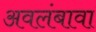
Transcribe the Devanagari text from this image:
अवलंबावा